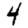
Digit: 4